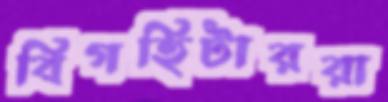
বিগহিটাররা